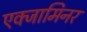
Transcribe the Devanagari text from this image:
एक्जामिनर